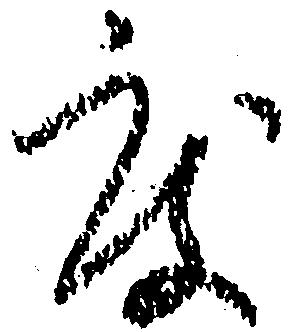
度